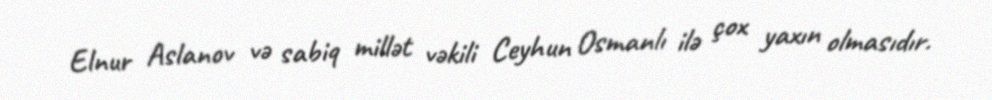
Elnur Aslanov və sabiq millət vəkili Ceyhun Osmanlı ilə çox yaxın olmasıdır.